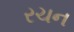
રચન